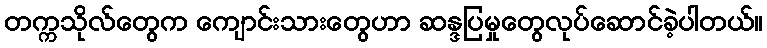
တက္ကသိုလ်တွေက ကျောင်းသားတွေဟာ ဆန္ဒပြမှုတွေလုပ်ဆောင်ခဲ့ပါတယ်။